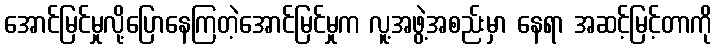
အောင်မြင်မှုလို့ပြောနေကြတဲ့အောင်မြင်မှုက လူ့အဖွဲ့အစည်းမှာ နေရာ အဆင့်မြင့်တာကို